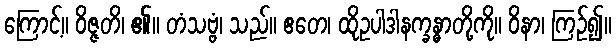
ကြောင့်။ ဝိဇ္ဇတိ၊ ၏။ တံသဗ္ဗံ၊ သည်။ ဧတေ၊ ထိုဥပါဒါနက္ခန္ဓာတို့ကို။ ဝိနာ၊ ကြဉ်၍။